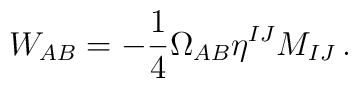
W_{AB}=-{1\over 4}\Omega_{AB}\eta^{IJ}M_{IJ}\,.